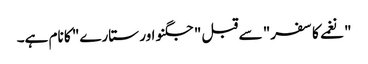
"نغمے کا سفر" سے قبل "جگنو اور ستارے" کا نام ہے۔